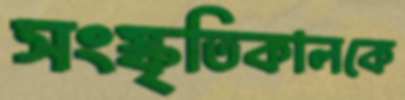
সংস্কৃতিকালকে